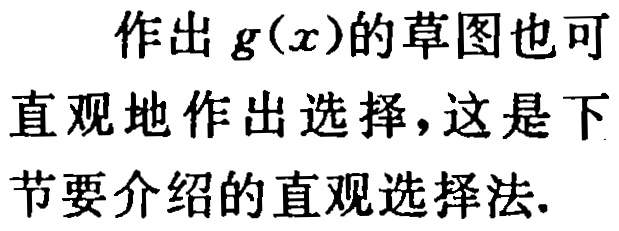
作出 \(g(x)\)的草图也可直观地作出选择，这是下节要介绍的直观选择法.